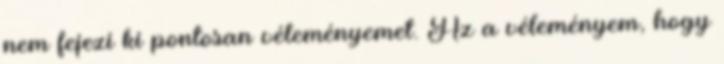
nem fejezi ki pontosan véleményemet. Az a véleményem, hogy